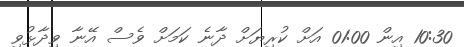
10:30 އިން 01:00 އަށް ކުރިޔަށް ދާނެ ކަމަށް ވެސް އޭނާ ވިދާޅުވި